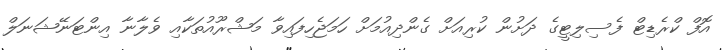
އޮފް ކްރެޑިޓް ފެސިލިޓީގެ ދަށުން ކުރިއަށް ގެންދިއުމަށް ހަމަޖެހިފައިވާ މަޝްރޫއުތަކާއި ވެލާނާ އިންޓަނޭޝަނަލް